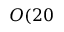
O ( 2 0